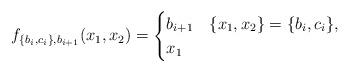
LaTeX: \begin{align*}f_{\{b_i, c_i\},b_{i+1}}(x_1,x_2)=\begin{cases}b_{i+1} & \{x_1,x_2\}=\{b_i,c_i\},\\x_1 & \end{cases}\end{align*}